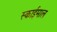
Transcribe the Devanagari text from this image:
स्काईमाल